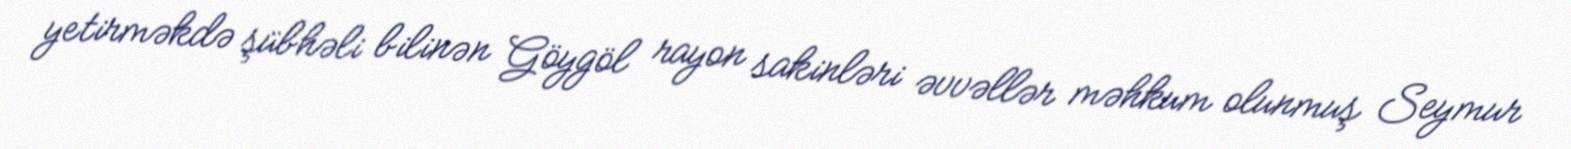
yetirməkdə şübhəli bilinən Göygöl rayon sakinləri əvvəllər məhkum olunmuş Seymur